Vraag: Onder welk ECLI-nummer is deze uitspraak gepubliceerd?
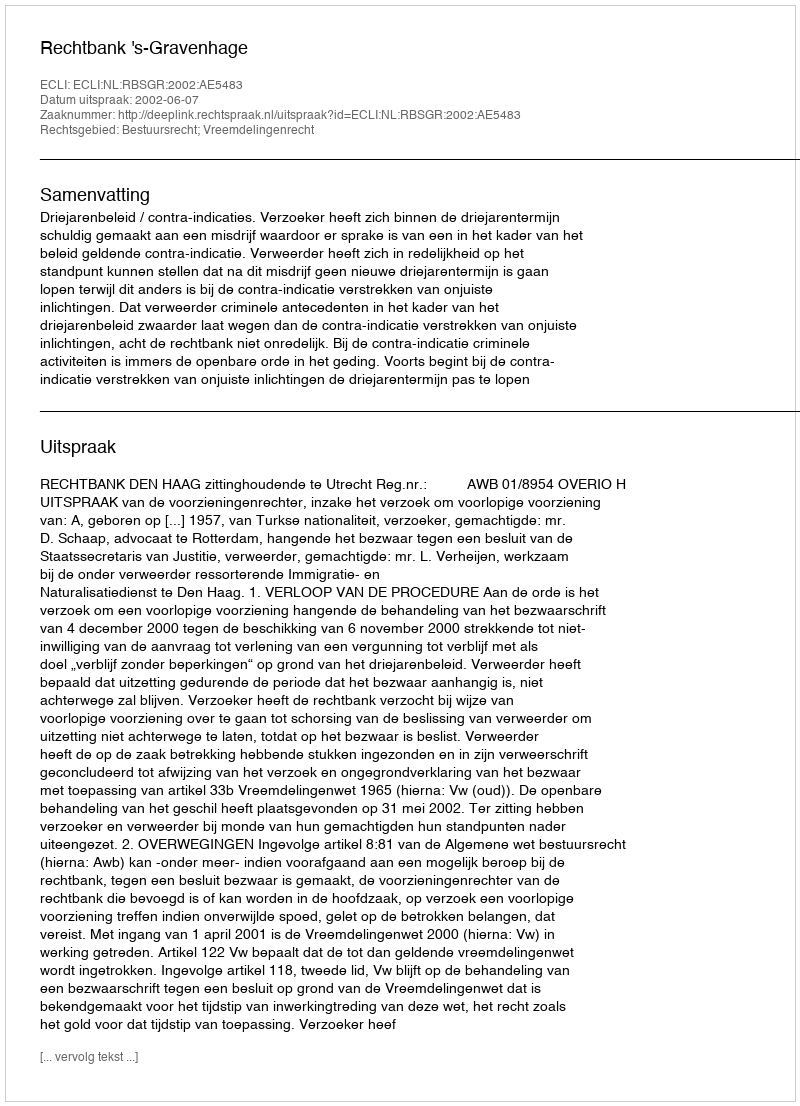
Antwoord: ECLI:NL:RBSGR:2002:AE5483